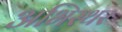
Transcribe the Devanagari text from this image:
अभिस्थर